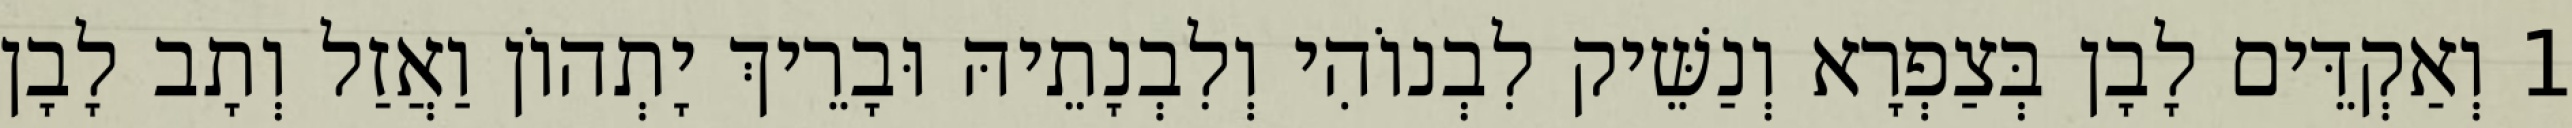
1 וְאַקְדֵּים לָבָן בְּצַפְרָא וְנַשֵּׁיק לִבְנוֹהִי וְלִבְנָתֵיהּ וּבָרֵיךְ יָתְהוֹן וַאֲזַל וְתָב לָבָן